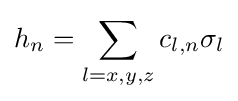
h_{n}=\sum _{l=x,y,z}c_{l,n}\sigma _{l}